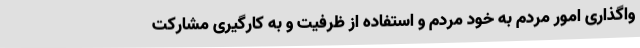
واگذاری امور مردم به خود مردم و استفاده از ظرفیت و به کارگیری مشارکت